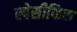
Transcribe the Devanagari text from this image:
स्पेसीफिक